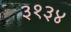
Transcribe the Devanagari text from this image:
३१३४